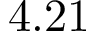
4 . 2 1